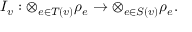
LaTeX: I _ { v } : \otimes _ { e \in T ( v ) } \rho _ { e } \to \otimes _ { e \in S ( v ) } \rho _ { e } .